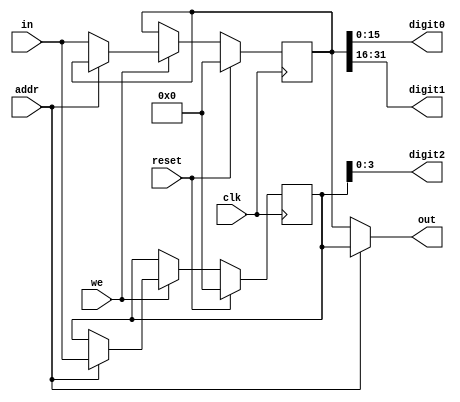
`timescale 1ns / 1ps
//////////////////////////////////////////////////////////////////////////////////
// Company: 
// Engineer: 
// 
// Design Name: 
// Module Name:    led 
// Project Name: 
// Target Devices: 
// Tool versions: 
// Description: 
//
// Dependencies: 
//
// Revision: 
// Revision 0.01 - File Created
// Additional Comments: 
//
//////////////////////////////////////////////////////////////////////////////////
module led(
    input clk,
    input reset,
    input addr,
    output [15:0] digit0,
    output [15:0] digit1,
    output [3:0] digit2,
    input we,
	 input  [31:0] in,
    output [31:0] out
    );
	
	reg [31:0] Reg[1:0];
	
	assign out = (addr == 1'b0) ? Reg[0] :
											Reg[1] ;
	
	assign digit0 = Reg[0][15:0];
	
	assign digit1 = Reg[0][31:16];
	
	assign digit2 = Reg[1][3:0];
	
	always @(posedge clk) begin
		if(reset) begin
			Reg[0] <= 0;
			Reg[1] <= 0; 
		end
		else begin
			if(we) begin
				if(addr) begin
					Reg[1] <= in;
				end
				else begin
					Reg[0] <= in;
				end
			end
		end
	end
endmodule